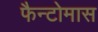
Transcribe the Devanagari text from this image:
फैन्टोमास